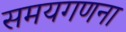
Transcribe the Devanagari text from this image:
समयगणना